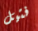
فتيل